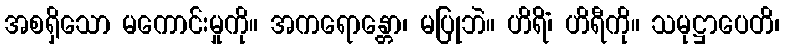
အစရှိသော မကောင်းမှုကို။ အကရောန္တော၊ မပြုဘဲ။ ဟိရိံ၊ ဟိရီကို။ သမုဋ္ဌာပေတိ၊